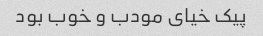
پیک خیای مودب و خوب بود